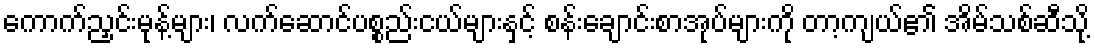
ကောက်ညှင်းမုန့်များ၊ လက်ဆောင်ပစ္စည်းငယ်များနှင့် စန်းချောင်းစာအုပ်များကို တာ့ကျယ်၏ အိမ်သစ်ဆီသို့